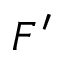
F ^ { \prime }